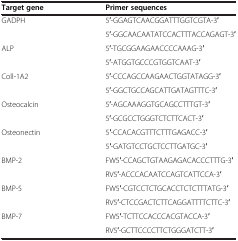
<table><thead><tr><td><b>Target gene</b></td><td><b>Primer sequences</b></td></tr></thead><tbody><tr><td rowspan="2">GADPH</td><td>5′-GGAGTCAACGGATTTGGTCGTA-3′</td></tr><tr><td>5′-GGCAACAATATCCACTTTACCAGAGT-3′</td></tr><tr><td rowspan="2">ALP</td><td>5′-TGCGGAAGAACCCCAAAG-3′</td></tr><tr><td>5′-ATGGTGCCCGTGGTCAAT-3′</td></tr><tr><td rowspan="2">Coll-1A2</td><td>5′-CCCAGCCAAGAACTGGTATAGG-3′</td></tr><tr><td>5′-GGCTGCCAGCATTGATAGTTTC-3′</td></tr><tr><td rowspan="2">Osteocalcin</td><td>5′-AGCAAAGGTGCAGCCTTTGT-3′</td></tr><tr><td>5′-GCGCCTGGGTCTCTTCACT-3′</td></tr><tr><td rowspan="2">Osteonectin</td><td>5′-CCACACGTTTCTTTGAGACC-3′</td></tr><tr><td>5′-GATGTCCTGCTCCTTGATGC-3′</td></tr><tr><td rowspan="2">BMP-2</td><td>FW5′-CCAGCTGTAAGAGACACCCTTTG-3′</td></tr><tr><td>RV5′-ACCCACAATCCAGTCATTCCA-3′</td></tr><tr><td rowspan="2">BMP-5</td><td>FW5′-CGTCCTCTGCACCTCTCTTTATG-3′</td></tr><tr><td>RV5′-CTCCGACTCTTCAGGATTTTCTTC-3′</td></tr><tr><td>BMP-7</td><td>FW5′-TCTTCCACCCACGTACCA-3′</td></tr><tr><td> </td><td>RV5′-GCTTCCCCTTCTGGGATCTT-3′</td></tr></tbody></table>